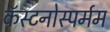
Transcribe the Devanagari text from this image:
कॅस्टनोस्पर्मम